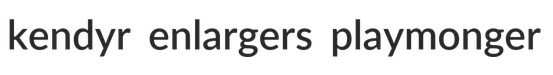
kendyr enlargers playmonger